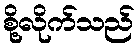
စို့လိုက်သည်